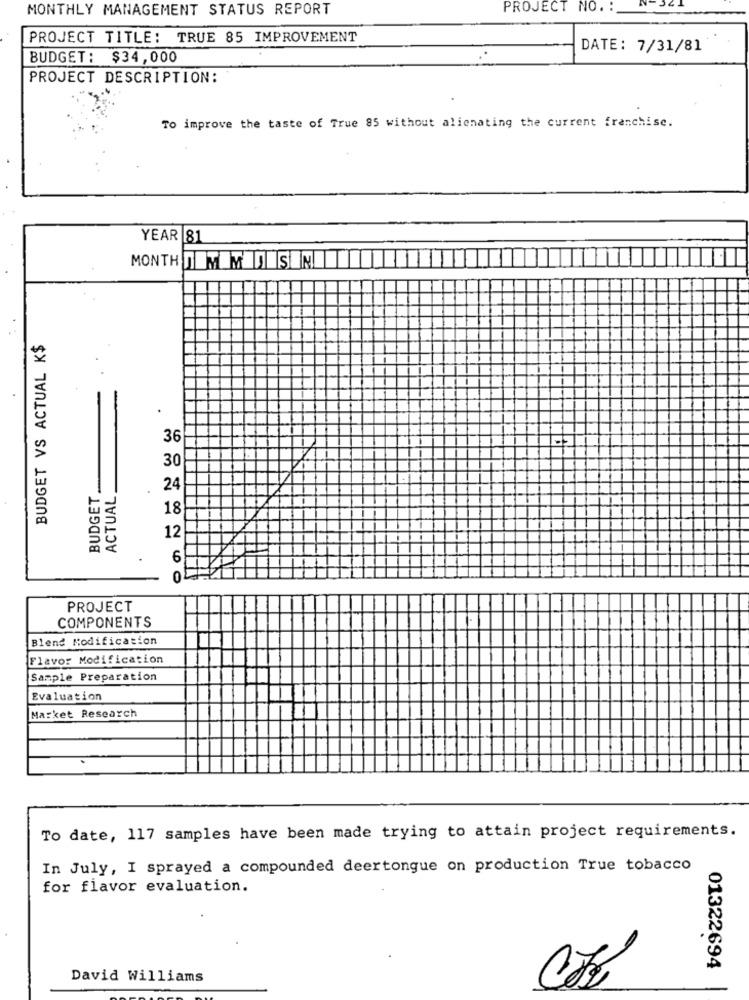
MONTHLY MANAGEMENT STATUS REPORT
PROJECT NO. :
PROJECT TITLE: TRUE 85 IMPROVEMENT
DATE: 7/31/81
BUDGET: $34,000
PROJECT DESCRIPTION:
To improve the taste of True 85 without alienating the current franchise.
YEAR 81
MONTH DEM MAISON
BUDGET VS ACTUAL K$
36
30
BUDGET
ACTUAL
24
18
12
PROJECT
COMPONENTS
Blend Modification
Flavor Modification
Sample Preparation
Evaluation
Market Research
To date, 117 samples have been made trying to attain project requirements.
In July, I sprayed a compounded deertongue on production True tobacco
for flavor evaluation.
01322694
David Williams